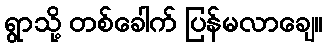
ရွာသို့ တစ်ခေါက် ပြန်မလာချေ။